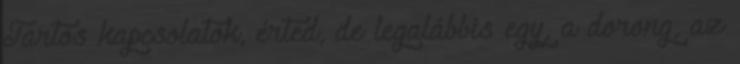
Tartós kapcsolatok, érted, de legalábbis egy, a dorong, az